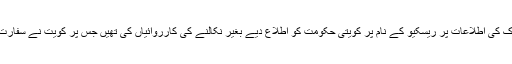
فلپائن کے سفارتی عملے نے گھروں میں کام کرنے والی ملازماؤں کو ناروا سلوک کی اطلاعات پر ریسکیو کے نام پر کویتی حکومت کو اطلاع دیے بغیر نکالنے کی کارروائیاں کی تھیں جس پر کویت نے سفارت خانے سے شدید احتجاج کیا تاہم عملے نے باضابطہ طور پر معذرت کرلی تھی۔